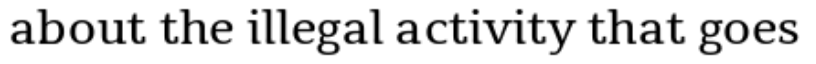
about the illegal activity that goes